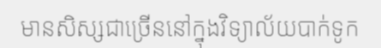
មានសិស្សជាច្រើននៅក្នុងវិទ្យាល័យបាក់ទូក